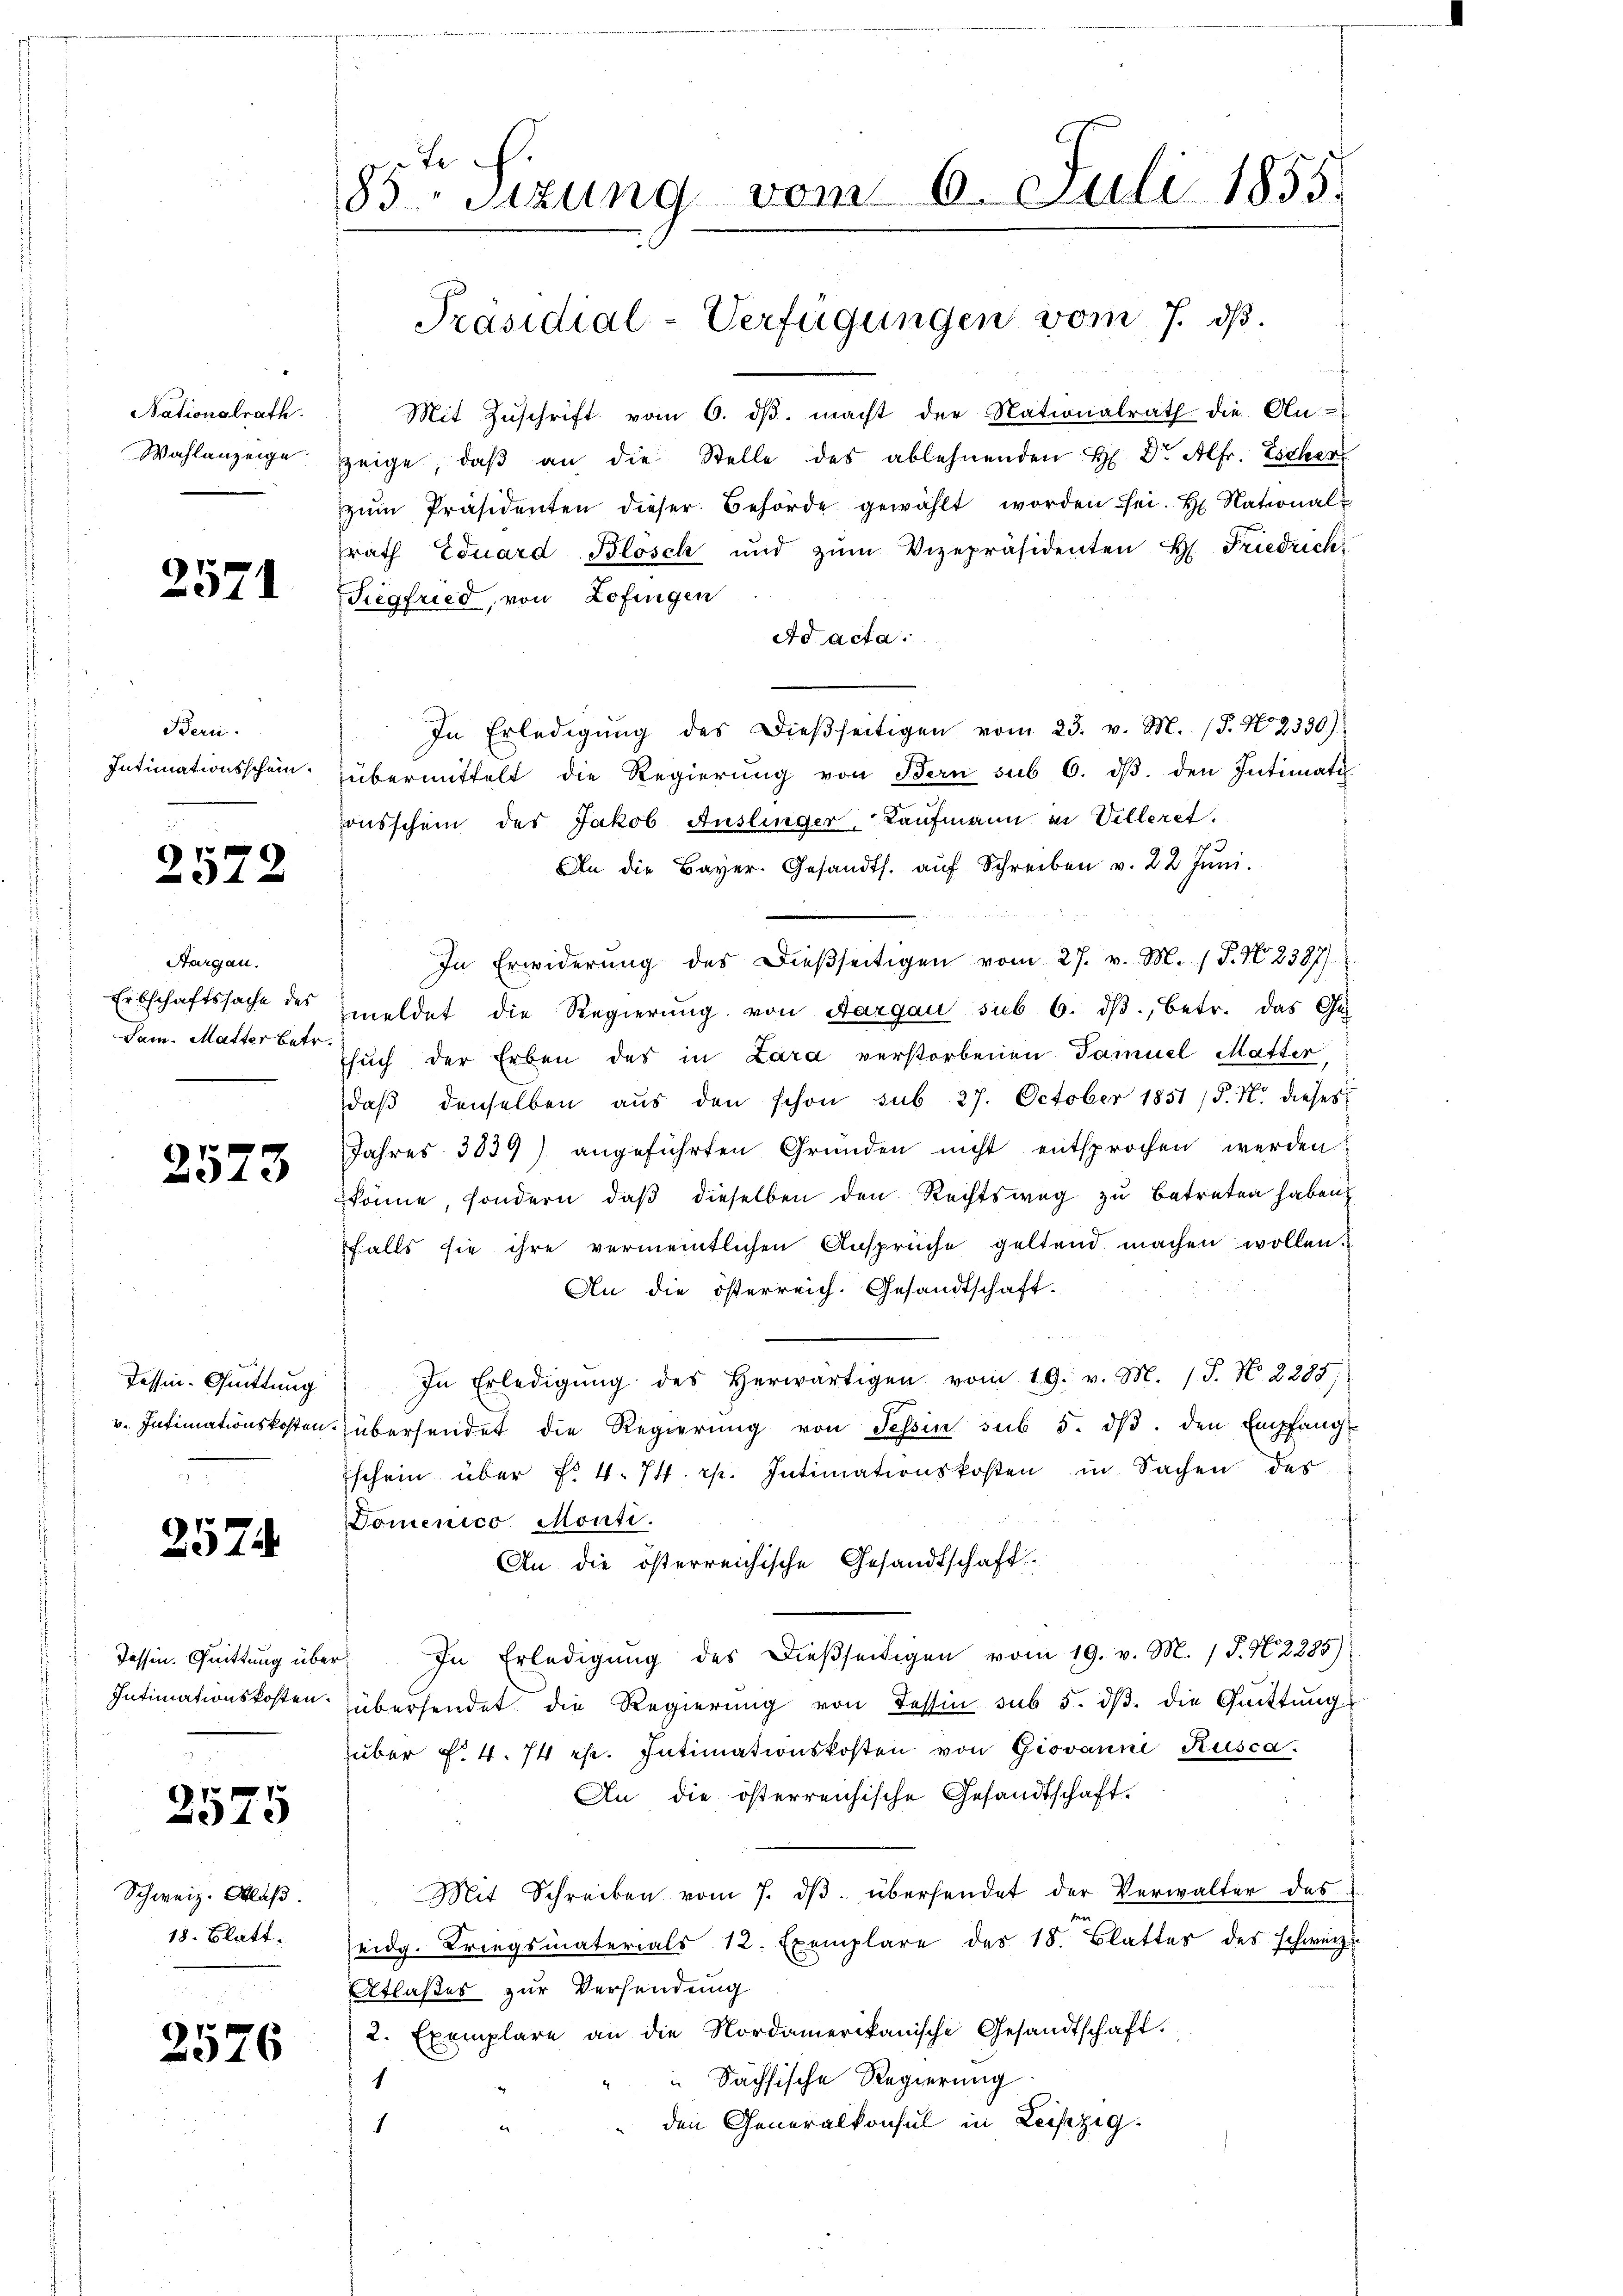
Nationalrath.
Wahlanzeige

2571

Bern.
Intimationsschein.

2572

Aargau.
Erbschaftssache des
Sam. Mutter betr.

2573

Tessin-Quittung
v. Intimationskosten

2574

Tessin. Quittung über
Intimationskosten.

2575

Schweiz. Schlaß
18. Blatt.

2576

te
83 Sizung vom 6. Juli 1855.
Präsidial-Verfügungen vom 7. ds.

Mit Zŭschrift vom 6. dβ. macht der Nationalrath die An-
zeige, daβ an die Stelle des ablehnenden H. Dr. Alfr. Escher
zŭm Präsidenten dieser Behörde gewählt worden sei. H. National-
rath Eduard Blösch und zŭm Vizepräsidenten H. Friedrich
Siegfried, von Zofingen
Ad acta.
In Erledigŭng des Dieβseitigen vom 23. v. M. (T. N. 2330)
übermittelt die Regierŭng von Bern sub 6. dβ. den Intimati
ausschein des Jakob Auslinger, Kaufmann an Villeret.
An die Bayer. Gesandts. aŭf Schreiben v. 22 Jŭni.
In Erwiderŭng des Dieβseitigen vom 27. v. M. (T. N. 2387)
meldet die Regierung von Aargau sub 6. dβ, betr. das Ge
such der Erben des in Lara verstorbenen Famuel Matter
daβ denselben aŭs den schon sub 27. October 1851 /. M. dieses
Jahres 3839) angeführten Gründen nicht entsprochen werden
könne, sondern, daβ dieselben den Rechtsweg zu betreten haben
falls sie ihre vermeintlichen Ansprüche geltend machen wollen.
An die österreich. Gesandtschaft.
In Erledigŭng des herwärtigen vom 19. v. M. (T. N. 2285;
übersendet die Regierŭng von Tessin sub 5. dβ. den Empfang
schein über f. 4. 74. pp. Intimationskosten in Sachen des
Domenico Monti.
An die österreichische Gesandtschaft.
In Erledigŭng des dießseitigen vom 19. v. M. 1 S. N. 2285):
übersendet die Regierŭng von Tessin sub 5. dβ. die Quittung
über f. 4. 74 pp. Intimationskosten von Giovanne Rusca.
An die österreichische Gesandtschaft.
Mit Schreiben vom 7. dβ übersendet der Verwalter das
eidg. Kriegsmaterials 12. Exemplare des 18. Blatter des schweiz.
Atlaßes zur Versendung
2. Exemplare an die Nordamerikanische Gesandtschaft.
Sächsische Regierung
1
" den Generalkonsul in Leipzig.
1